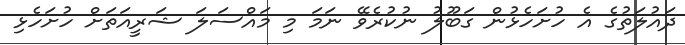
ދައުލަތުގެ އެ ހުށަހެޅުން ގަބޫލު ނުކުރެވޭ ނަމަ މި މައްސަލަ ޝަރީއަތަށް ހުށަހެޅި